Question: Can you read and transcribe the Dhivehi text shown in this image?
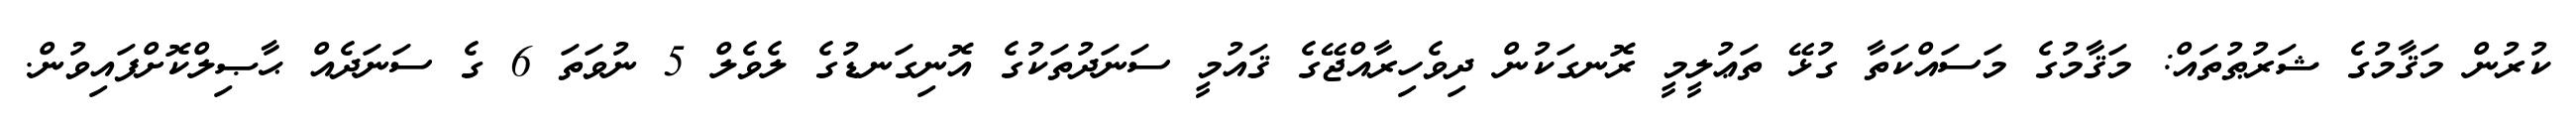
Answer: ކުރުން މަޤާމުގެ ޝަރުޠުތައް: މަޤާމުގެ މަސައްކަތާ ގުޅޭ ތަޢުލީމީ ރޮނގަކުން ދިވެހިރާއްޖޭގެ ޤައުމީ ސަނަދުތަކުގެ އޮނިގަނޑުގެ ލެވެލް 5 ނުވަތަ 6 ގެ ސަނަދެއް ޙާޞިލްކޮށްފައިވުން.